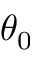
\theta _ { 0 }